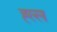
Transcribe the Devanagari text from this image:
ह्ल्ल